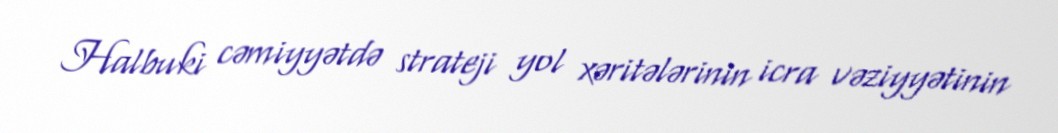
Halbuki cəmiyyətdə strateji yol xəritələrinin icra vəziyyətinin